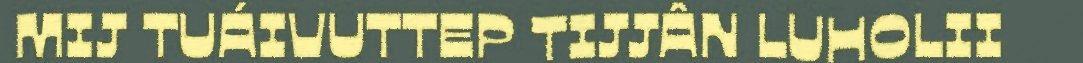
MIJ TUÁIVUTTEP TIJJÂN LUHOLII